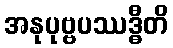
အနုပုဗ္ဗပဿဒ္ဓီတိ